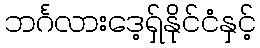
ဘင်္ဂလားဒေ့ရှ်နိုင်ငံနှင့်